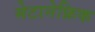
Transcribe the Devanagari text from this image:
मेटानेफ्रिक